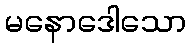
မနောဒေါသော